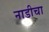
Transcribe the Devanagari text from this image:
नाडीचा